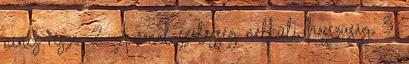
nincs része. 2. A vonal szélesség nélküli hosszúság. 3.